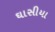
ઘાસીયા